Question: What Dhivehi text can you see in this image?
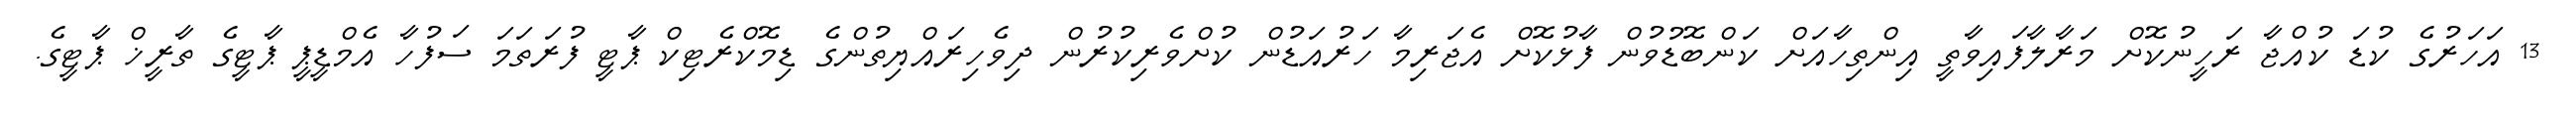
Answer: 13 އަހަރުގެ ކުޑަ ކުއްޖާ ރަހީނުކޮށް މަރާލާފައިވާތީ އިންތިހާއަށް ކަންބޮޑުވުން ފާޅުކޮށް އެޖަރިމާ ހަރުއަޑުން ކުށްވެރިކުރުން ދިވެހިރައްޔިތުންގެ ޑިމޮކްރެޓިކް ޕާޓީ ފުރަތަމަ ސަފުހާ އެމްޑީޕީ ޕާޓީގެ ތާރީޚް ޕާޓީގެ.